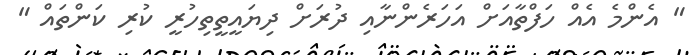
" އެންމެ އެއް ހަފްތާއަށް އަހަރެންނާއި ދުރަށް ދިޔައީތީތިހުރީ ކުރި ކަންތައް "